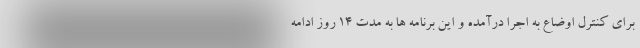
برای کنترل اوضاع به اجرا درآمده و این برنامه ها به مدت ۱۴ روز ادامه